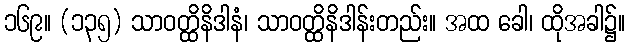
၁၆၉။ (၁၃၅) သာဝတ္ထိနိဒါနံ၊ သာဝတ္ထိနိဒါန်းတည်း။ အထ ခေါ၊ ထိုအခါ၌။